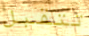
تتقبل